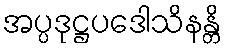
အပ္ပဒုဋ္ဌပဒေါသိနန္တိ